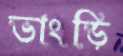
ভাংড়ি